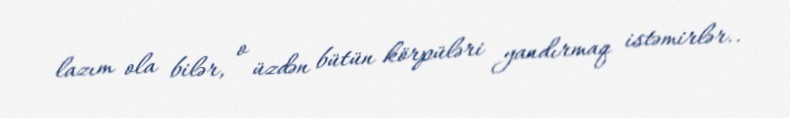
lazım ola bilər, o üzdən bütün körpüləri yandırmaq istəmirlər..